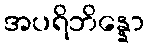
အပရိဘိန္နော